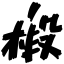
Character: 椴